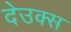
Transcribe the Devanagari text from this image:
देउक्स